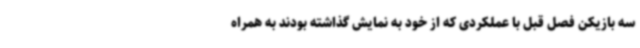
سه بازیکن فصل قبل با عملکردی که از خود به نمایش گذاشته بودند به همراه